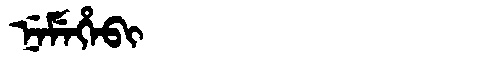
Manchu: ᠨᡝᠮᡝᡥᡝᠪᡳ
Romanization: NEMEHEBI